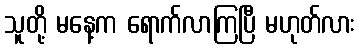
သူတို့ မနေ့က ရောက်လာကြပြီ မဟုတ်လား